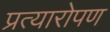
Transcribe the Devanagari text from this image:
प्रत्‍यारोपण